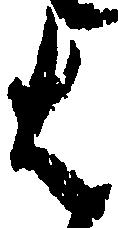
は